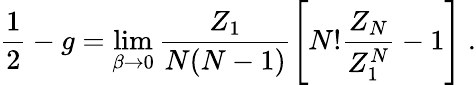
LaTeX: \frac{1}{2}-g=\operatorname*{lim}_{\beta\rightarrow 0}\frac{Z_{1}}{N(N-1)}\left[N!\frac{Z_{N}}{Z_{1}^{N}}-1\right]\ .